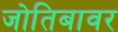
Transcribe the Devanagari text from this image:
जोतिबावर